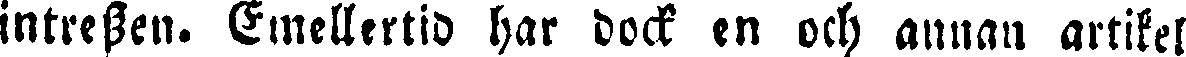
intressen. Emellertid har dock en och annan artikel